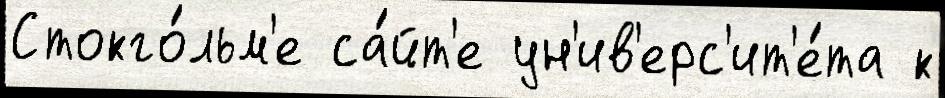
Стокго́льм'е са́йт'е ун'ив'ерс'ит'е́та к